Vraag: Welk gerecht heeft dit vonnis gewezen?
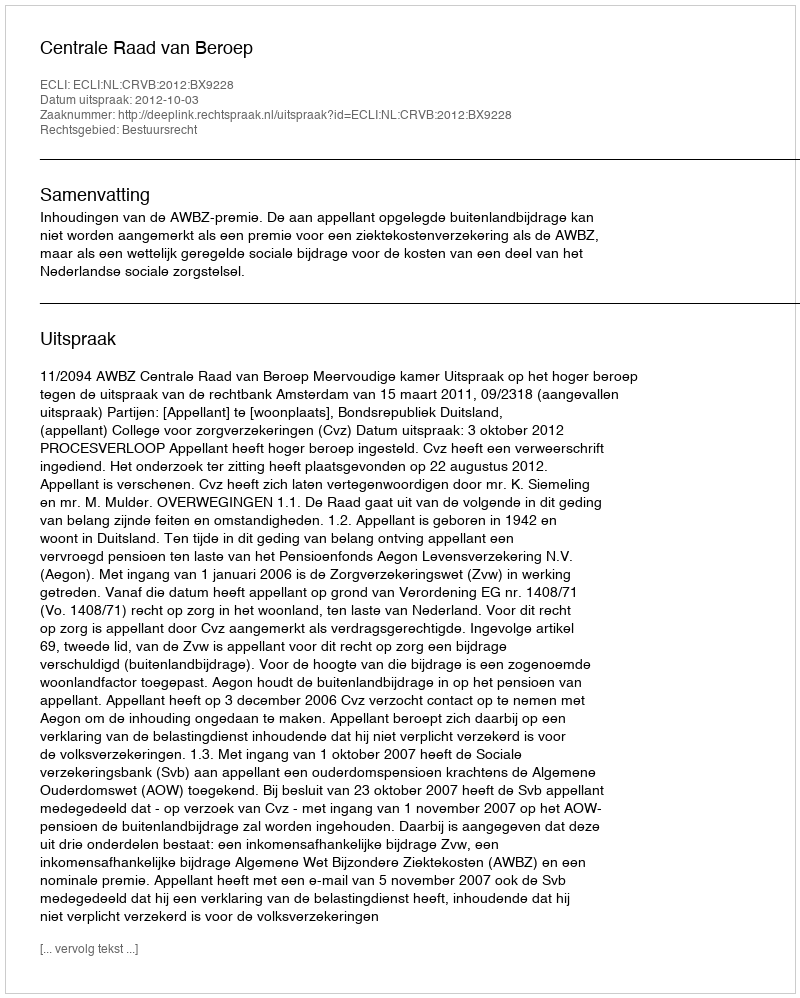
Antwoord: Centrale Raad van Beroep